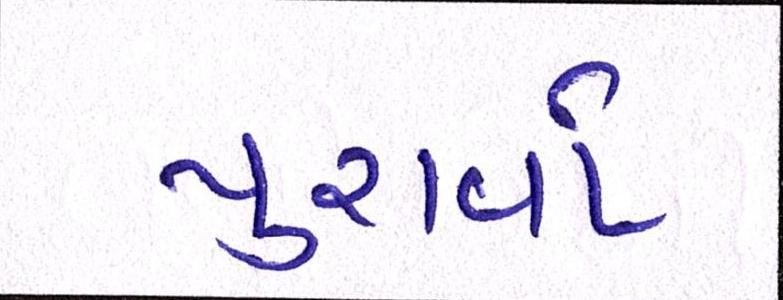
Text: પુરાવો